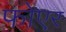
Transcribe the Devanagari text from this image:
फोएर